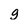
Character: g